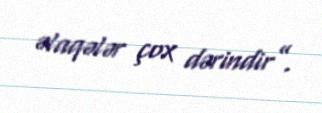
əlaqələr çox dərindir”.